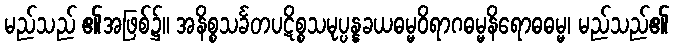
မည်သည် ၏အဖြစ်၌။ အနိစ္စသင်္ခတပဋိစ္စသမုပ္ပန္နခယဓမ္မဝိရာဂဓမ္မနိရောဓဓမ္မ၊ မည်သည်၏